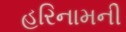
હરિનામની